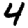
Digit: 4